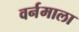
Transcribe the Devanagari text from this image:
वर्नमाला